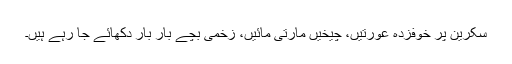
سکرین پر خوفزدہ عورتیں، چیخیں مارتی مائیں، زخمی بچے بار بار دکھائے جا رہے ہیں۔